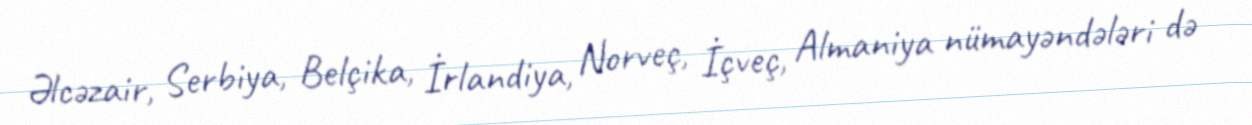
Əlcəzair, Serbiya, Belçika, İrlandiya, Norveç, İçveç, Almaniya nümayəndələri də